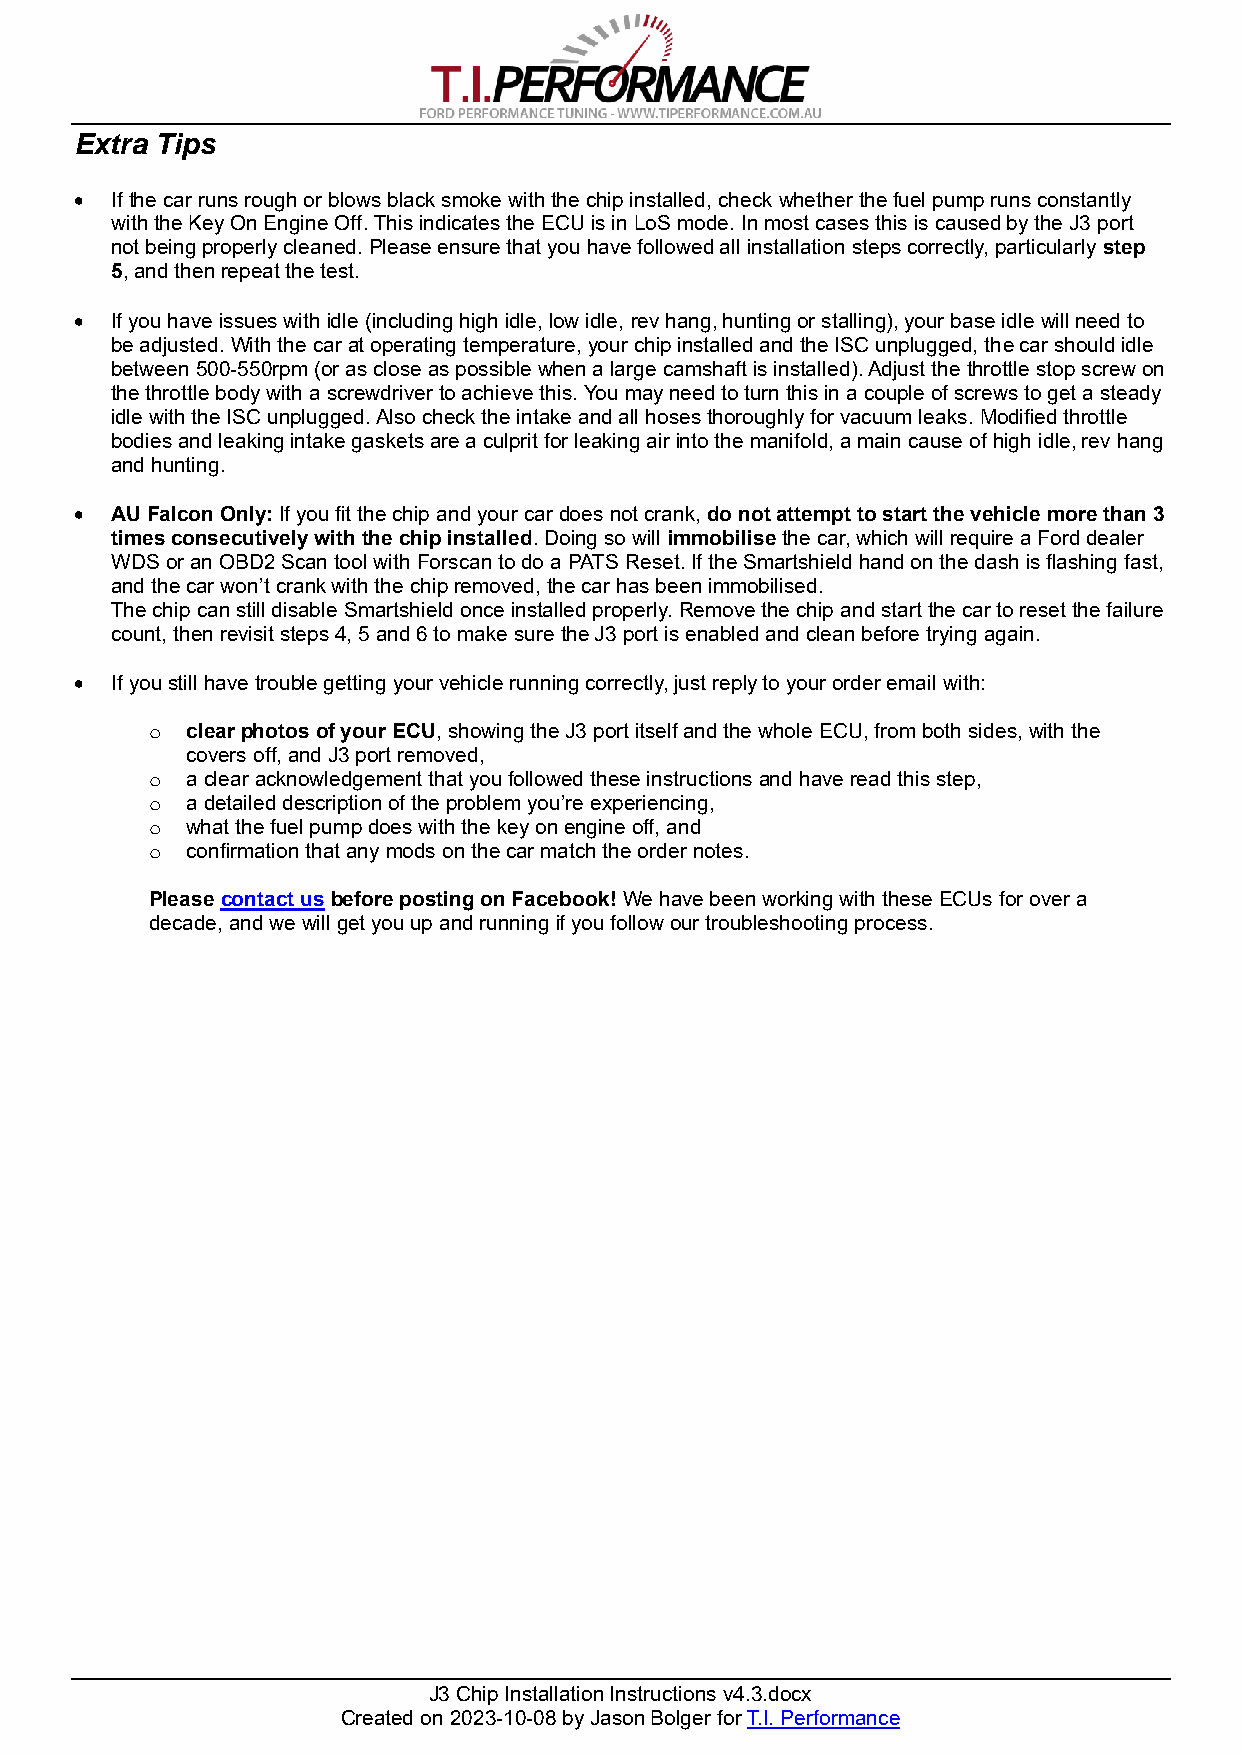
Extra Tips
 • If the car runs rough or blows black smoke with the chip installed, check whether the fuel pump runs constantly
 with the Key On Engine Off. This indicates the ECU is in LoS mode. In most cases this is caused by the J3 port
 not being properly cleaned. Please ensure that you have followed all installation steps correctly, particularly step
 5, and then repeat the test.
 • If you have issues with idle (including high idle, low idle, rev hang, hunting or stalling), your base idle will need to
 be adjusted. With the car at operating temperature, your chip installed and the ISC unplugged, the car should idle
 between 500-550rpm (or as close as possible when a large camshaft is installed). Adjust the throttle stop screw on
 the throttle body with a screwdriver to achieve this. You may need to turn this in a couple of screws to get a steady
 idle with the ISC unplugged. Also check the intake and all hoses thoroughly for vacuum leaks. Modified throttle
 bodies and leaking intake gaskets are a culprit for leaking air into the manifold, a main cause of high idle, rev hang
 and hunting.
 • AU Falcon Only: If you fit the chip and your car does not crank, do not attempt to start the vehicle more than 3
 times consecutively with the chip installed. Doing so will immobilise the car, which will require a Ford dealer
 WDS or an OBD2 Scan tool with Forscan to do a PATS Reset. If the Smartshield hand on the dash is flashing fast,
 and the car won’t crank with the chip removed, the car has been immobilised.
 The chip can still disable Smartshield once installed properly. Remove the chip and start the car to reset the failure
 count, then revisit steps 4, 5 and 6 to make sure the J3 port is enabled and clean before trying again.
 • If you still have trouble getting your vehicle running correctly, just reply to your order email with:
 o clear photos of your ECU, showing the J3 port itself and the whole ECU, from both sides, with the
 covers off, and J3 port removed,
 o a clear acknowledgement that you followed these instructions and have read this step,
 o a detailed description of the problem you’re experiencing,
 o what the fuel pump does with the key on engine off, and
 o confirmation that any mods on the car match the order notes.
 Please contact us before posting on Facebook! We have been working with these ECUs for over a
 decade, and we will get you up and running if you follow our troubleshooting process.
 J3 Chip Installation Instructions v4.3.docx
 Created on 2023-10-08 by Jason Bolger for T.I. Performance